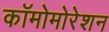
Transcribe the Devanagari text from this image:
कॉमोमोरेशन